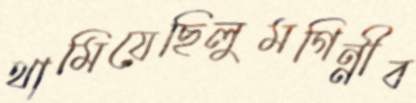
থামিয়েছিলুমগিন্নীব